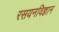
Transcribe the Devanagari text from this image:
रसयनविज्ञान